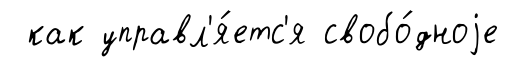
как управл'я́етс'я свобо́дноjе